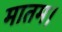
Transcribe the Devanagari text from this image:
मातम।